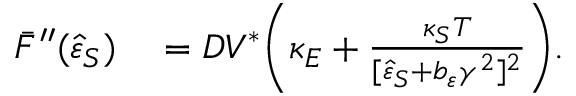
\begin{array} { r l } { \bar { F } ^ { \prime \prime } ( \hat { \varepsilon } _ { S } ) } & { { } = D V ^ { \ast } \Bigg ( \kappa _ { E } + \frac { \kappa _ { S } T } { [ \hat { \varepsilon } _ { S } + b _ { \varepsilon } \gamma ^ { 2 } ] ^ { 2 } } \Bigg ) . } \end{array}